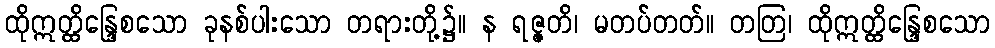
ထိုဣတ္ထိန္ဒြေစသော ခုနစ်ပါးသော တရားတို့၌။ န ရဇ္ဇတိ၊ မတပ်တတ်။ တတြ၊ ထိုဣတ္ထိန္ဒြေစသော